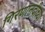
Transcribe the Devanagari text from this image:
गिरणानदीच्या